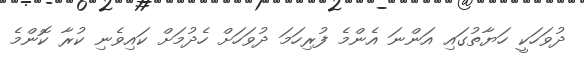
ދުވަހަކީ ހަޔާތުގައި އަންނަ އެންމެ ފުރިހަމަ ދުވަހަށް ހެދުމަށް ކައިވެނި ކުރާ ކޮންމެ